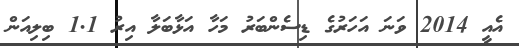
އެއީ 2014 ވަނަ އަހަރުގެ ޑިސެންބަރު މަހާ އަޅާބަލާ އިރު 1.1 ބިލިއަން